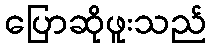
ပြောဆိုဖူးသည်